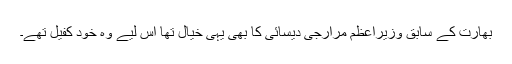
بھارت کے سابق وزیراعظم مرارجی دیسائی کا بھی یہی خیال تھا اس لیے وہ خود کفیل تھے۔